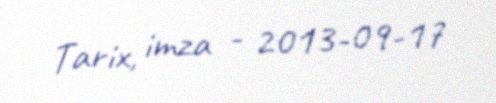
Tarix, imza - 2013-09-17